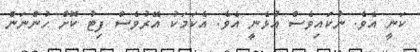
ކަނީ އެވެ. ނުކައިވެސް އުޅެނީ އެވެ. އެކަމަކު އޭރުވެސް ފިޓު ކޮށް ހުންނަން